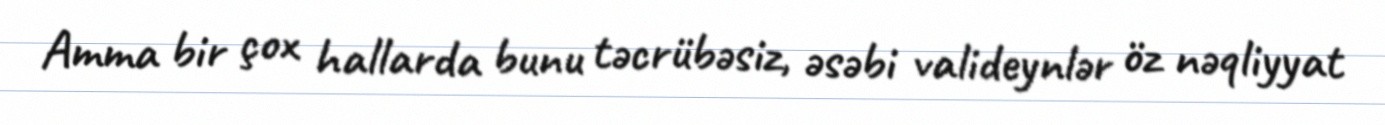
Amma bir çox hallarda bunu təcrübəsiz, əsəbi valideynlər öz nəqliyyat